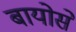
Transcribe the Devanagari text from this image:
बायोसे